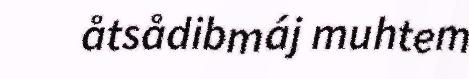
åtsådibmáj muhtem